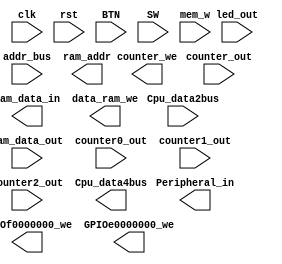
`timescale 1ns / 1ps
//////////////////////////////////////////////////////////////////////////////////
// Company: 
// Engineer: 
// 
// Design Name: 
// Module Name:    MIO_BUS 
// Project Name: 
// Target Devices: 
// Tool versions: 
// Description: 
//
// Dependencies: 
//
// Revision: 
// Revision 0.01 - File Created
// Additional Comments: 
//
//////////////////////////////////////////////////////////////////////////////////
module MIO_BUS(input clk,
					input rst,
					input[3:0]BTN,
					input[15:0]SW,
					input mem_w,
					input[31:0]Cpu_data2bus,				//data from CPU
					input[31:0]addr_bus,
					input[31:0]ram_data_out,
					input[15:0]led_out,
					input[31:0]counter_out,
					input counter0_out,
					input counter1_out,
					input counter2_out,
					
					output reg[31:0]Cpu_data4bus,				//write to CPU
					output reg[31:0]ram_data_in,				//from CPU write to Memory
					output reg[9:0]ram_addr,						//Memory Address signals
					output reg data_ram_we,
					output reg GPIOf0000000_we,
					output reg GPIOe0000000_we,
					output reg counter_we,
					output reg[31:0]Peripheral_in
					);
															
endmodule